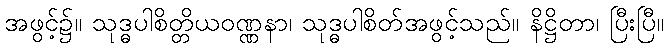
အဖွင့်၌။ သုဒ္ဓပါစိတ္တိယဝဏ္ဏနာ၊ သုဒ္ဓပါစိတ်အဖွင့်သည်။ နိဋ္ဌိတာ၊ ပြီးပြီ။